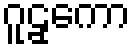
ဂူဠှကော